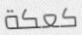
كعكة